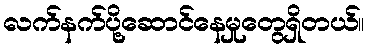
လက်နက်ပို့ဆောင်နေမှုတွေရှိတယ်။